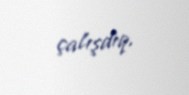
çalışdıq.